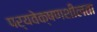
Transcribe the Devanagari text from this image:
पर्यवेक्षणशीलता